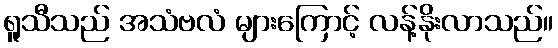
ရူသီသည် အသံဗလံ များကြောင့် လန့်နိုးလာသည်။